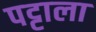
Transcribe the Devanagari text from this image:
पट्टाला